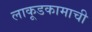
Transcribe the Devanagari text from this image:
लाकूडकामाची